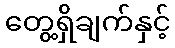
တွေ့ရှိချက်နှင့်